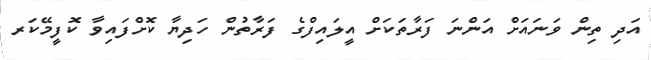
އަދި ތިން ވަނައަށް އަންނަ ފަރާތަކަށް އީލައިފްގެ ފަރާތުން ހަދިޔާ ކޮށްފައިވާ ކޮފީމޭކަރ